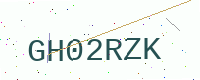
Text: GH02RZK